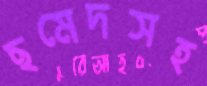
ছমেদসহ